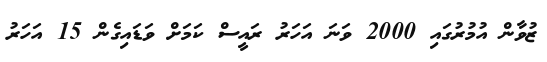
ޒުވާން އުމުރުގައި 2000 ވަނަ އަހަރު ރައީސް ކަމަށް ވަޑައިގެން 15 އަހަރު